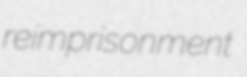
reimprisonment